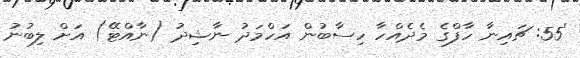
'55: ޗައިނާ ހާފްގެ މެދެއްހާ ހިސާބުން އަހްމަދު ނާޝިދު (ނާއްޓޭ) އަށް ލިބުނު